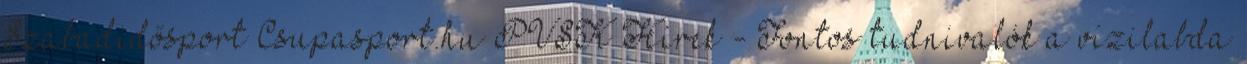
Szabadidősport Csupasport.hu PVSK Hírek - Fontos tudnivalók a vízilabda